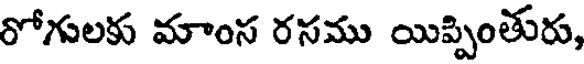
రోగులకు మాంస రసము యిప్పింతురు,